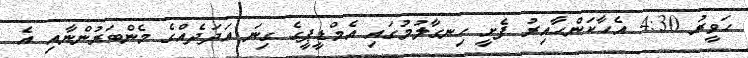
ހަވީރު 4:30 އެހާކަންހާއިރު ފެށީ ހިނގާލުމުގައި އެމްޑީޕީގެ ގިނަ އަދަދެއްގެ މެންބަރުންނާއި އެ